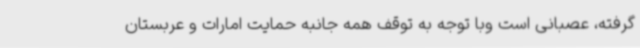
گرفته، عصبانی است وبا توجه به توقف همه جانبه حمایت امارات و عربستان